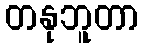
တနုဘူတာ